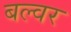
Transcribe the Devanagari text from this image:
बल्वर